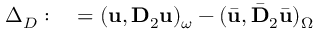
\begin{array} { r l } { \Delta _ { D } : } & { { } = ( \mathbf { u } , \mathbf { D } _ { 2 } \mathbf { u } ) _ { \omega } - ( \bar { \mathbf { u } } , \bar { \mathbf { D } } _ { 2 } \bar { \mathbf { u } } ) _ { \Omega } } \end{array}